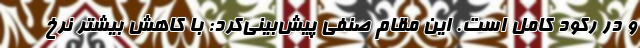
و در رکود کامل است. این مقام صنفی پیش‌بینی‌کرد: با کاهش بیشتر نرخ